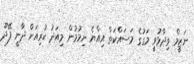
ނަޒީމް ވިދާޅުވީ މަގުގެ މަސައްކަތް އިއްޔެ ނިމުމުން މިއަދު ކުރިއަށް ދާނީ ފޭދޫ